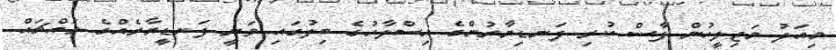
މިއަދު މަޖިލީީހުން ފާސް ކުރި ފަނޑިޔާރުންގެ އިސްލާހުގެ ބިލުގައި ވަނީ ފަނޑީޔާރެއްގެ މައްޗައް